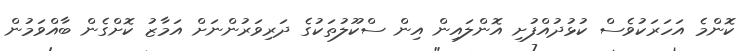
ކޮންމެ އަހަރަކުވެސް ކުޅުދުއްފުށި އޮންލައިން އިން ސްކޫލުތަކުގެ ދަރިވަރުންނަށް އަމާޒު ކޮށްގެން ބާއްވަމުން